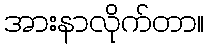
အားနာလိုက်တာ။